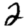
Digit: 2